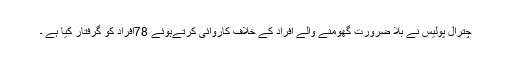
چترال پولیس نے بلا ضرورت گھومنے والے افراد کے خلاف کاروائی کرتےہوئے 78افراد کو گرفتار کیا ہے ۔